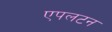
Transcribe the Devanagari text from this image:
एपलटन